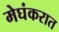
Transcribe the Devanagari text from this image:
मेघंकरात